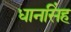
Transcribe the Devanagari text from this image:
धानसिंह